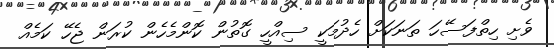
ވެށި ހިތްފަސޭހަ ތަނަކަށް ހެދުމަކީ ސިއްހީ ގޮތުން ކޮންމެހެން ކުރަން ޖެހޭ ކަމެއް